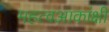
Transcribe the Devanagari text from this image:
महत्वआकांक्षी